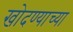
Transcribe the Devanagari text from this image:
खोदण्याच्या